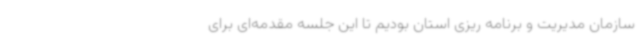
سازمان مدیریت و برنامه ریزی استان بودیم تا این جلسه مقدمه‌ای برای